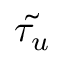
\tilde { \tau _ { u } }